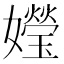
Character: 𪦯